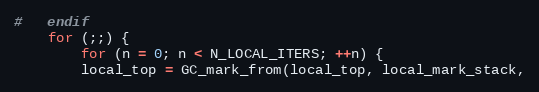
Language: C
#   endif
    for (;;) {
        for (n = 0; n < N_LOCAL_ITERS; ++n) {
	    local_top = GC_mark_from(local_top, local_mark_stack,